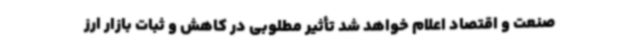
صنعت و اقتصاد اعلام خواهد شد تأثیر مطلوبی در کاهش و ثبات بازار ارز